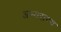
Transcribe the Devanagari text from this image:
अभ्‍यराण्‍य